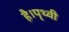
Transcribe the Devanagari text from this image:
है।पृथ्वी